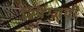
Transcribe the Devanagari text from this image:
स्प्रिंग्जची